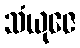
သံယုဇေ